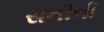
સનીની